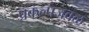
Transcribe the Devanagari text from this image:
प्रकल्पजवळ